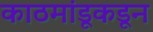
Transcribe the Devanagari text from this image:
काठमांडूकडून